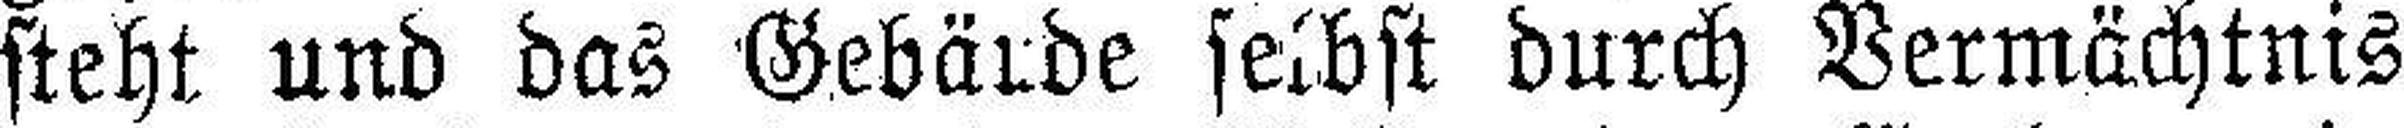
steht und das Gebärde selbst durch Vermächtnis